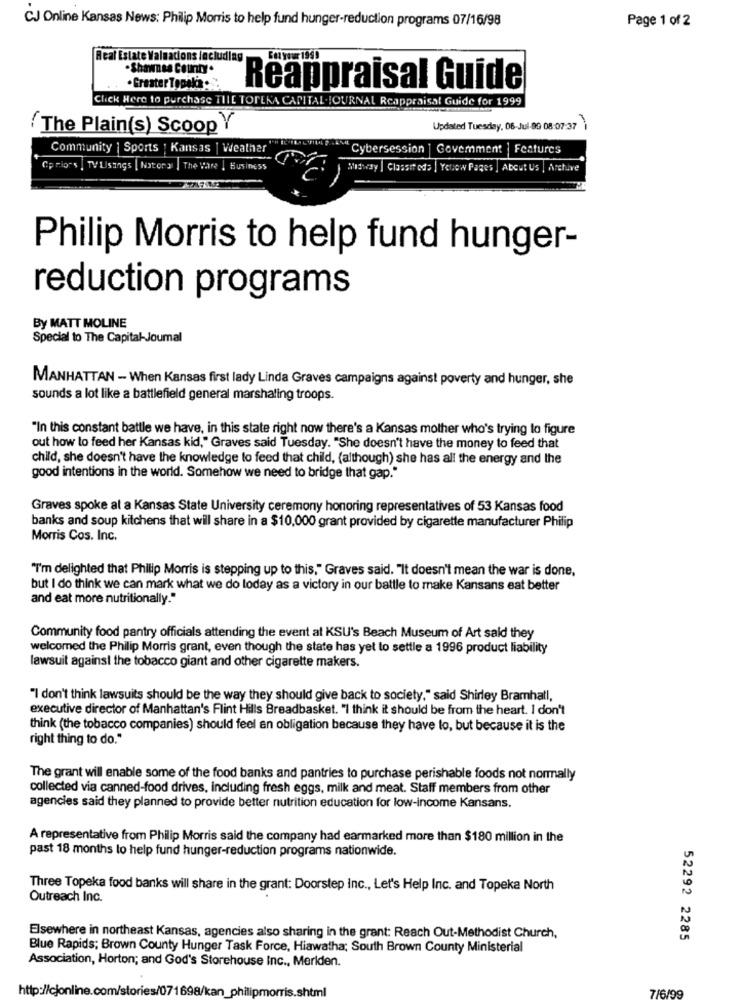
Page 1 of 2
CJ Online Kansas News: Philip Morris to help fund hunger-reduction programs 07/16/98
Real Estate Valnacions including
FOR YOUR 1990
. Shawnes County.
. Greater Topalia
Reappraisal Guide
Click Here to purchase THE TOPEKA CAPITAL.JOURNAL Reappraisal Guide for 1999
(The Plain(s) Scoop Y
Updated Tuesday, 06-Jul-89 08:07:37
Community | Sports : Kansas | Weather
"Cybersession ] Gavemment | Features
Cprions | TVUsangs [ Nators ] The vare | Business
BERRY GREAT CAS | YELOW Pages | AboutUs | Archive
Philip Morris to help fund hunger-
reduction programs
By MATT MOLINE
Special to The Capital-Journal
MANHATTAN - When Kansas first lady Linda Graves campaigns against poverty and hunger, she
sounds a lot like a battlefield general marshaling troops.
"In this constant battle we have, in this state right now there's a Kansas mother who's trying to figure
out how to feed her Kansas kid," Graves said Tuesday. "She doesn't have the money to feed that
child, she doesn't have the knowledge to feed that child, (although) she has all the energy and the
good intentions in the world. Somehow we need to bridge that gap."
Graves spoke at a Kansas State University ceremony honoring representatives of 53 Kansas food
banks and soup kitchens that will share in a $10,000 grant provided by cigarette manufacturer Philip
Morris Cos. Inc.
"I'm delighted that Philip Morris is stepping up to this," Graves said. "It doesn't mean the war is done.
but I do think we can mark what we do today as a victory in our battle to make Kansans eat better
and eat more nutritionally."
Community food pantry officials attending the event al KSU's Beach Museum of Art said they
welcomed the Philip Morris grant, even though the state has yet to settle a 1996 product liability
lawsuit against the tobacco giant and other cigarette makers.
"I don't think lawsuits should be the way they should give back to society," said Shirley Bramhall,
executive director of Manhattan's Flint Hills Breadbasket. "I think it should be from the heart. I don't
think (the tobacco companies) should feel an obligation because they have to, but because it is the
right thing to do."
The grant will enable some of the food banks and pantries to purchase perishable foods not normally
collected via canned-food drives, including fresh eggs, milk and meat. Staff members from other
agencies said they planned to provide better nutrition education for low-income Kansans.
A representative from Philip Morris said the company had earmarked more than $180 million in the
past 18 months to help fund hunger-reduction programs nationwide.
Three Topeka food banks will share in the grant: Doorstep Inc ., Let's Help Inc. and Topeka North
Outreach Inc.
Elsewhere in northeast Kansas, agencies also sharing in the grant: Reach Out-Methodist Church,
52292 2285
Blue Rapids; Brown County Hunger Task Force, Hiawatha; South Brown County Ministerial
Association, Horton; and God's Storehouse Inc ., Meriden.
http://cjonline.com/stories/071698/ka
Tis.shtml
7/6/99